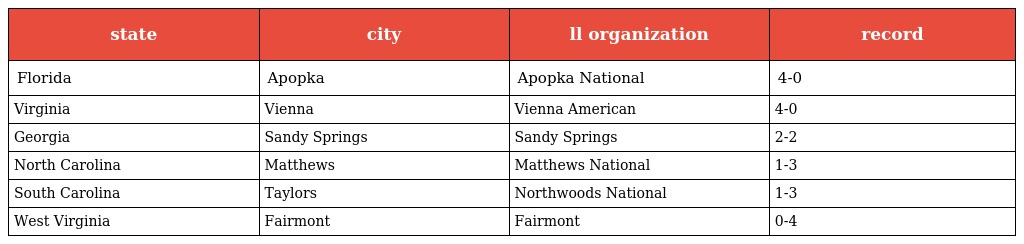
| state | city | ll organization | record |
 | --- | --- | --- | --- |
 | Florida | Apopka | Apopka National | 4-0 |
 | Virginia | Vienna | Vienna American | 4-0 |
 | Georgia | Sandy Springs | Sandy Springs | 2-2 |
 | North Carolina | Matthews | Matthews National | 1-3 |
 | South Carolina | Taylors | Northwoods National | 1-3 |
 | West Virginia | Fairmont | Fairmont | 0-4 |